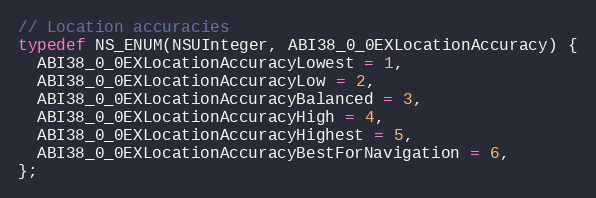
Language: C
// Location accuracies
typedef NS_ENUM(NSUInteger, ABI38_0_0EXLocationAccuracy) {
  ABI38_0_0EXLocationAccuracyLowest = 1,
  ABI38_0_0EXLocationAccuracyLow = 2,
  ABI38_0_0EXLocationAccuracyBalanced = 3,
  ABI38_0_0EXLocationAccuracyHigh = 4,
  ABI38_0_0EXLocationAccuracyHighest = 5,
  ABI38_0_0EXLocationAccuracyBestForNavigation = 6,
};